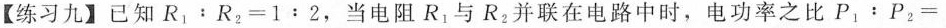
【练习九】已知$$R_{1}：R_{2}=1﹔2$$，当电阻R_{1}与R_{2}并联在电路中时，电功率之比$$P_{1}：P_{2}=$$